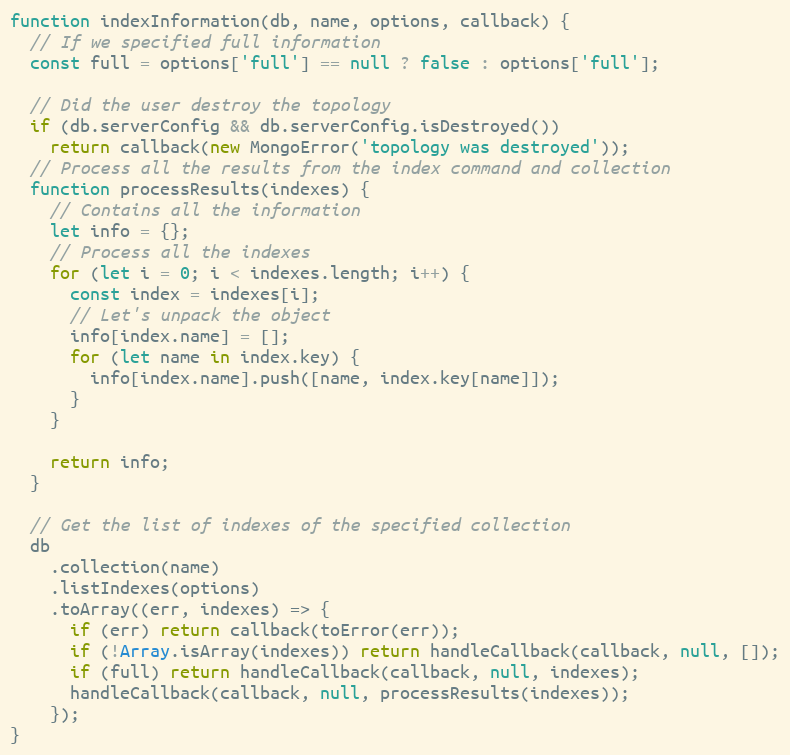
Language: JavaScript
function indexInformation(db, name, options, callback) {
  // If we specified full information
  const full = options['full'] == null ? false : options['full'];

  // Did the user destroy the topology
  if (db.serverConfig && db.serverConfig.isDestroyed())
    return callback(new MongoError('topology was destroyed'));
  // Process all the results from the index command and collection
  function processResults(indexes) {
    // Contains all the information
    let info = {};
    // Process all the indexes
    for (let i = 0; i < indexes.length; i++) {
      const index = indexes[i];
      // Let's unpack the object
      info[index.name] = [];
      for (let name in index.key) {
        info[index.name].push([name, index.key[name]]);
      }
    }

    return info;
  }

  // Get the list of indexes of the specified collection
  db
    .collection(name)
    .listIndexes(options)
    .toArray((err, indexes) => {
      if (err) return callback(toError(err));
      if (!Array.isArray(indexes)) return handleCallback(callback, null, []);
      if (full) return handleCallback(callback, null, indexes);
      handleCallback(callback, null, processResults(indexes));
    });
}